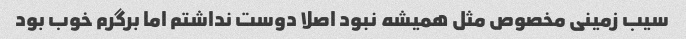
سیب زمینی مخصوص مثل همیشه نبود اصلا دوست نداشتم اما برگرم خوب بود